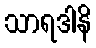
သာရဒါနိ